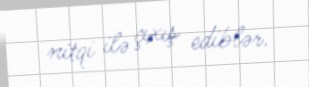
nitqi ilə çıxış ediblər.